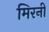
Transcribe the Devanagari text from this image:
मिरनी